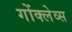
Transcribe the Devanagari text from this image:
गोंक्लेव्स